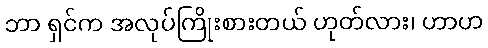
ဘာ ရှင်က အလုပ်ကြိုးစားတယ် ဟုတ်လား၊ ဟာဟ